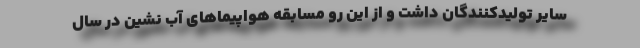
سایر تولیدکنندگان داشت و از این رو مسابقه هواپیماهای آب نشین در سال